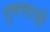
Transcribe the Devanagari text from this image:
दुषणाची